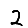
Digit: 2